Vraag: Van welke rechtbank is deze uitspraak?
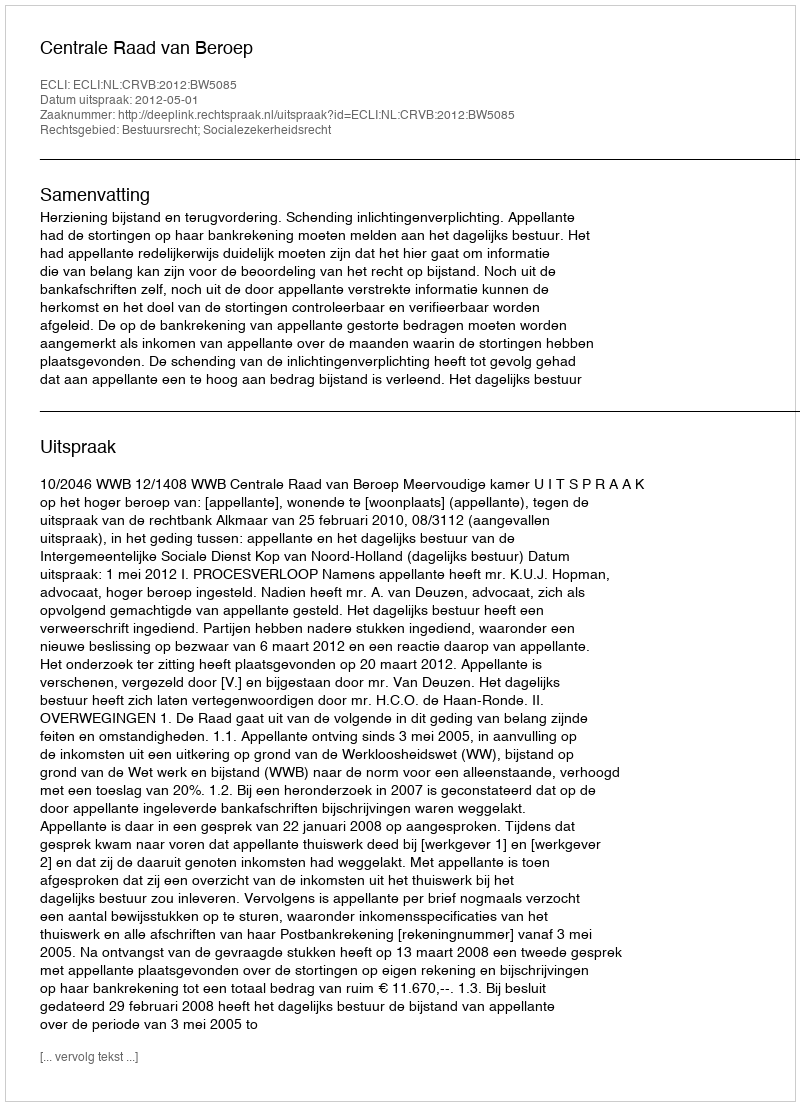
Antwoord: Centrale Raad van Beroep